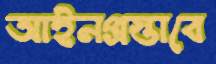
আইনপ্রস্তাবে